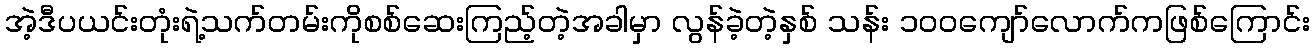
အဲ့ဒီပယင်းတုံးရဲ့သက်တမ်းကိုစစ်ဆေးကြည့်တဲ့အခါမှာ လွန်ခဲ့တဲ့နှစ် သန်း ၁၀၀ကျော်လောက်ကဖြစ်ကြောင်း